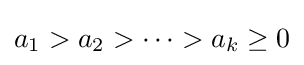
a_{1}>a_{2}>\dotsm >a_{k}\geq 0